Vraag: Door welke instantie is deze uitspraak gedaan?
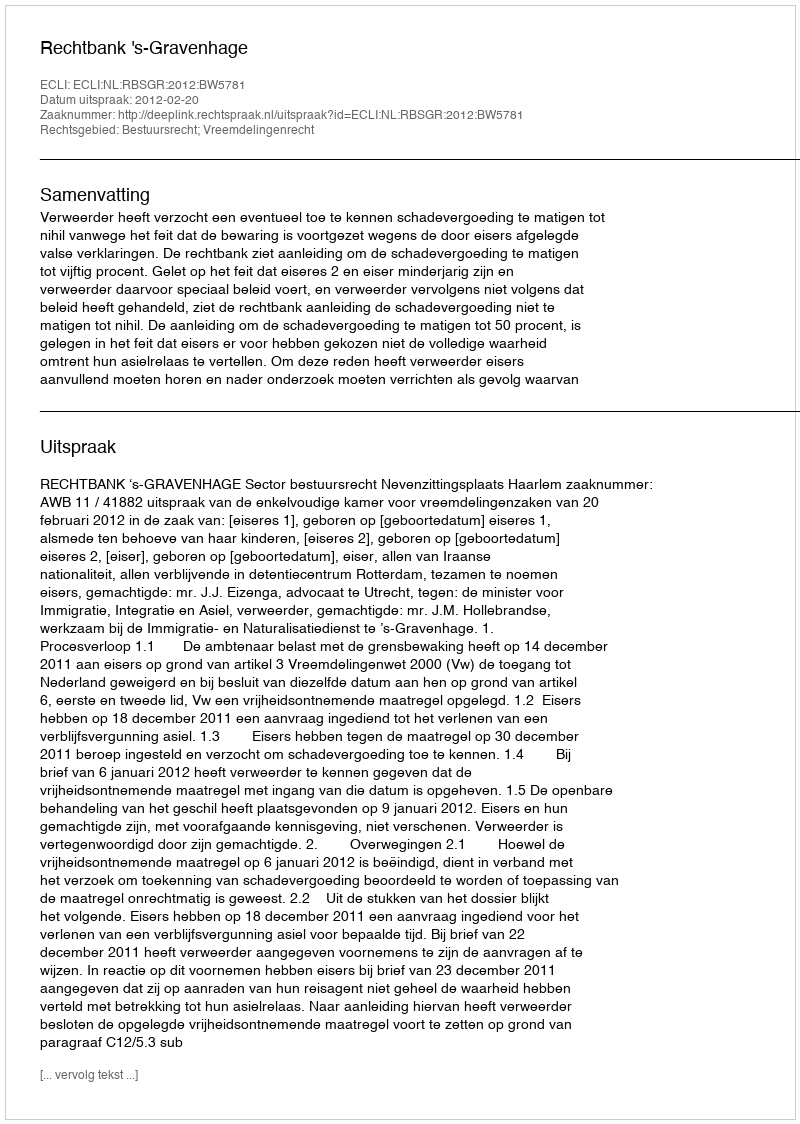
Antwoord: Rechtbank 's-Gravenhage